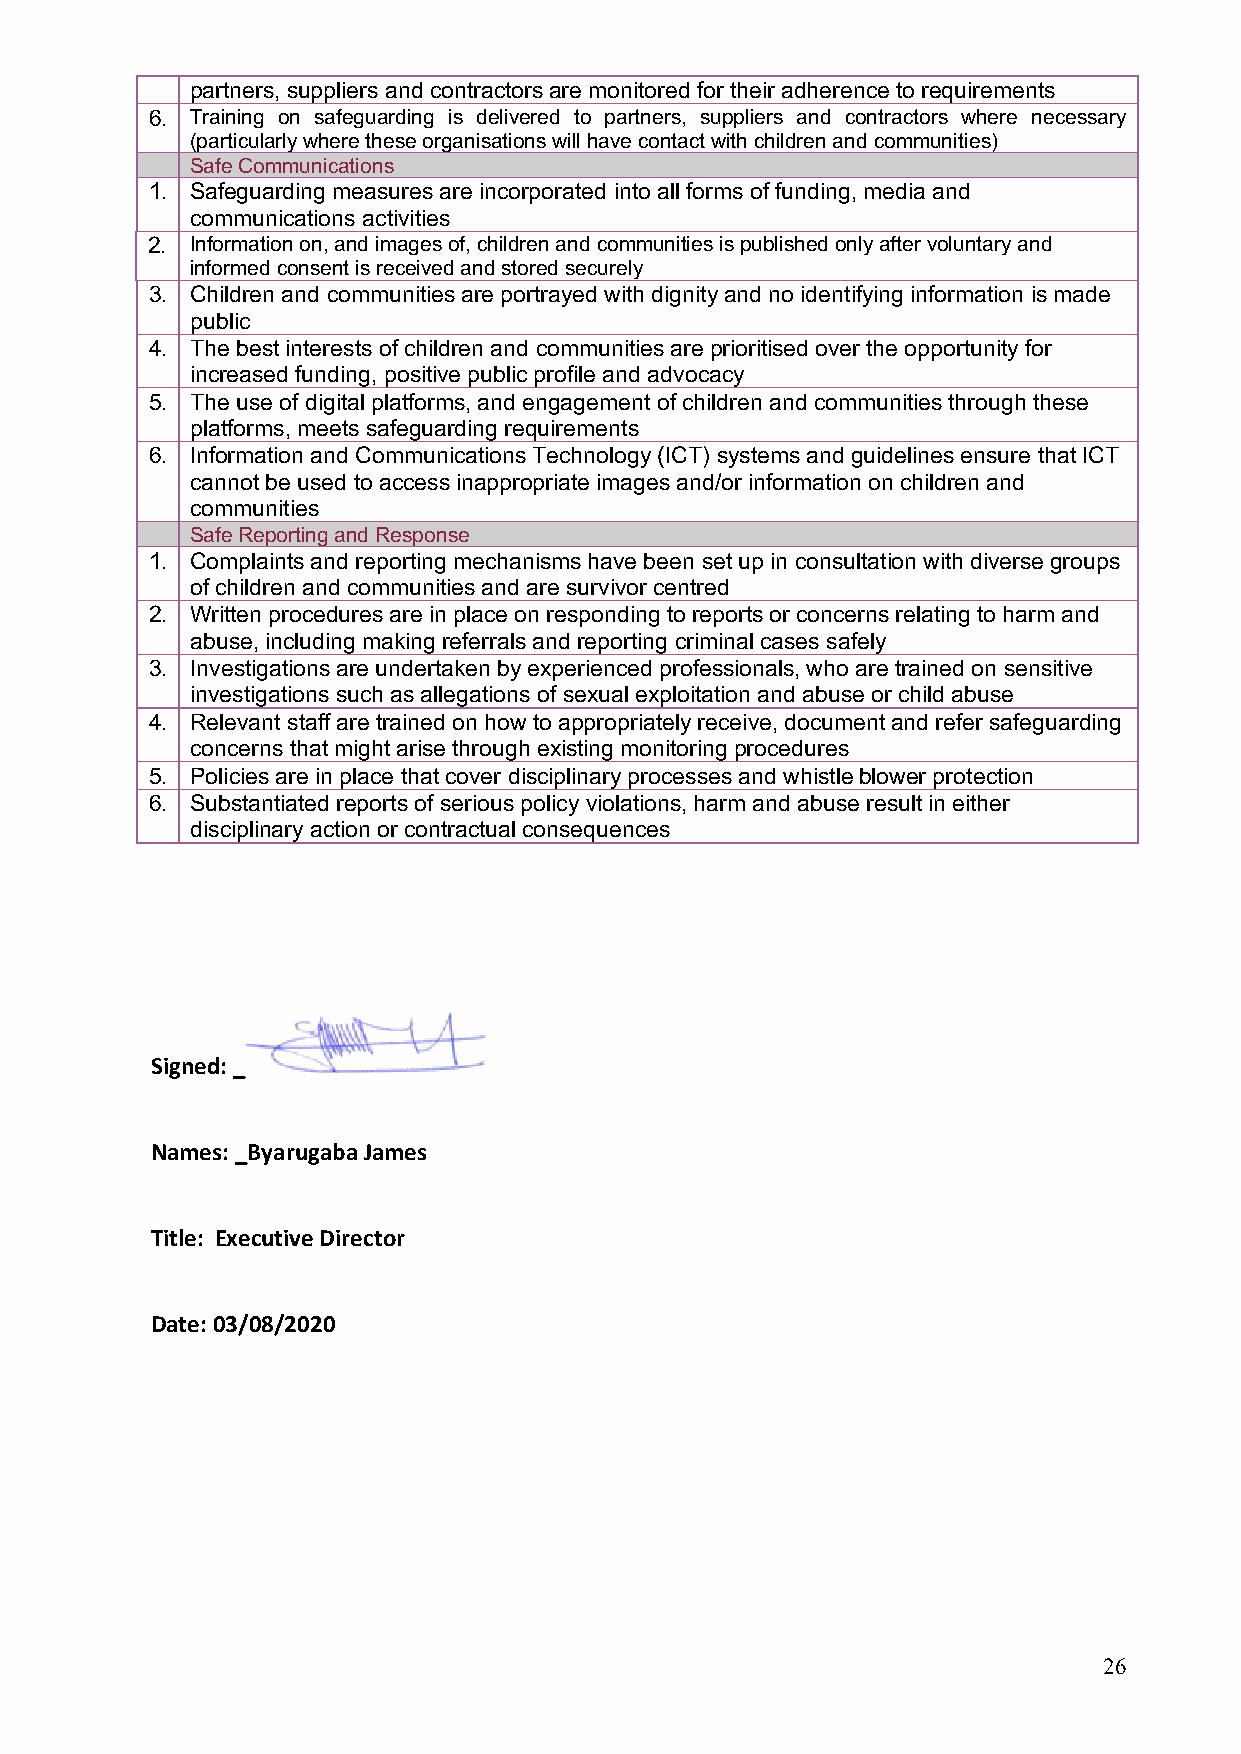
partners, suppliers and contractors are monitored for their adherence to requirements
 6. Training on safeguarding is delivered to partners, suppliers and contractors where necessary
 (particularly where these organisations will have contact with children and communities)
 Safe Communications
 1. Safeguarding measures are incorporated into all forms of funding, media and
 communications activities
 2. Information on, and images of, children and communities is published only after voluntary and
 informed consent is received and stored securely
 3. Children and communities are portrayed with dignity and no identifying information is made
 public
 4. The best interests of children and communities are prioritised over the opportunity for
 increased funding, positive public profile and advocacy
 5. The use of digital platforms, and engagement of children and communities through these
 platforms, meets safeguarding requirements
 6. Information and Communications Technology (ICT) systems and guidelines ensure that ICT
 cannot be used to access inappropriate images and/or information on children and
 communities
 Safe Reporting and Response
 1. Complaints and reporting mechanisms have been set up in consultation with diverse groups
 of children and communities and are survivor centred
 2. Written procedures are in place on responding to reports or concerns relating to harm and
 abuse, including making referrals and reporting criminal cases safely
 3. Investigations are undertaken by experienced professionals, who are trained on sensitive
 investigations such as allegations of sexual exploitation and abuse or child abuse
 4. Relevant staff are trained on how to appropriately receive, document and refer safeguarding
 concerns that might arise through existing monitoring procedures
 5. Policies are in place that cover disciplinary processes and whistle blower protection
 6. Substantiated reports of serious policy violations, harm and abuse result in either
 disciplinary action or contractual consequences
 Signed: _
 Names: _Byarugaba James
 Title: Executive Director
 Date: 03/08/2020
 26